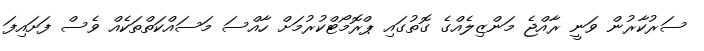
ސަރުކާރުން ވަނީ ރާއްޖެ މަންޒިލެއްގެ ގޮތުގައި ޕްރޮމޯޓްކުރުމަށް ހާއްސަ މަސައްކަތްތަކެއް ވެސް ފަށައިފަ